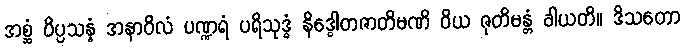
အစ္ဆံ ဝိပ္ပသန္နံ အနာဝိလံ ပဏ္ဍရံ ပရိသုဒ္ဓံ နိဒ္ဓေါတဇာတိမဏိ ဝိယ ဇုတိမန္တံ ခါယတိ။ ဒိသတော